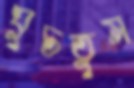
ঘুচতুম